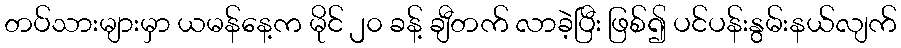
တပ်သားများမှာ ယမန်နေ့က မိုင် ၂၀ ခန့် ချီတက် လာခဲ့ပြီး ဖြစ်၍ ပင်ပန်းနွမ်းနယ်လျက်